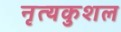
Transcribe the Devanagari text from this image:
नृत्यकुशल